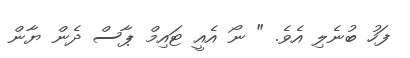
ފަހު ބުނެލި އެވެ. " ނޯ އެއީ ޓައިމް ޕާސް ދެން ޔާން